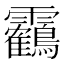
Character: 靏